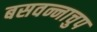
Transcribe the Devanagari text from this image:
बसवन्नाचुप